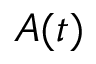
A ( t )